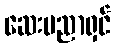
ဆေးပညာရှင်